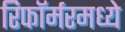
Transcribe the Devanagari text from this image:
रिफॉर्मरमध्ये